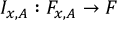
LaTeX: I _ { x , A } : F _ { x , A } \to F